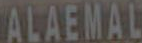
ALAEMAL